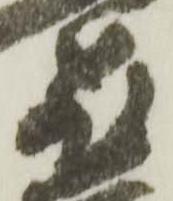
飛